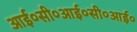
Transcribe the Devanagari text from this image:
आई०सी०आई०सी०आई०